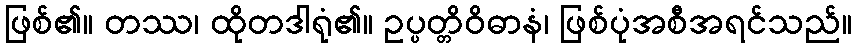
ဖြစ်၏။ တဿ၊ ထိုတဒါရုံ၏။ ဥပ္ပတ္တိဝိဓာနံ၊ ဖြစ်ပုံအစီအရင်သည်။